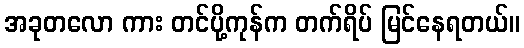
အခုတလော ကား တင်ပို့ကုန်က တက်ရိပ် မြင်နေရတယ်။